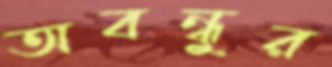
অবন্ধুর